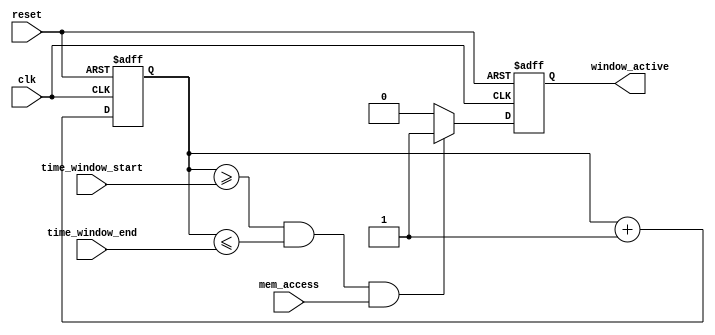
module MemoryBlocksTimeWindowDetector (
    input wire clk,                 // Clock signal
    input wire reset,               // Reset signal
    input wire mem_access,          // Memory access signal
    input wire [7:0] time_window_start, // Configurable start time
    input wire [7:0] time_window_end,   // Configurable end time
    output reg window_active         // Output signal indicating active window
);

    reg [7:0] current_time;          // Counter to track current time

    // Sequential logic: clock counter
    always @(posedge clk or posedge reset) begin
        if (reset) begin
            current_time <= 8'b0;       // Reset current time
            window_active <= 1'b0;      // Reset output signal
        end else begin
            current_time <= current_time + 1; // Increment time
            // Check for window activation
            if (current_time >= time_window_start && 
                current_time <= time_window_end &&
                mem_access) begin
                window_active <= 1'b1;  // Memory access detected within window
            end else begin
                window_active <= 1'b0;   // Not within time window
            end
        end
    end

endmodule